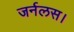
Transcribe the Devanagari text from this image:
जर्नलस।